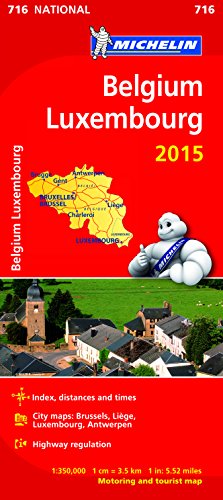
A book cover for Belgium and Luxembourg 2015 National Map 716; Travel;